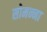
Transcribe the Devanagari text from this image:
सोमन्ना